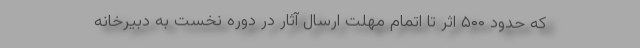
که حدود ۵۰۰ اثر تا اتمام مهلت ارسال آثار در دوره نخست به دبیرخانه